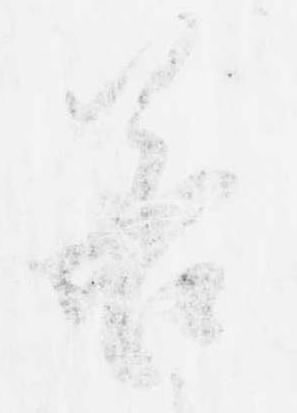
若